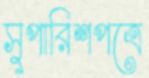
সুপারিশপত্রে